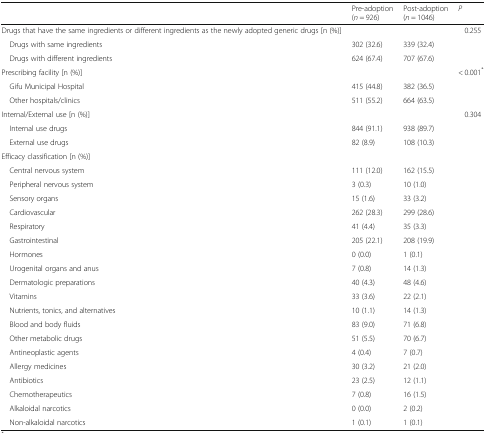
|  | Pre-adoption(n = 926) | Post-adoption(n = 1046) | P |
 | --- | --- | --- | --- |
 | Drugs that have the same ingredients or different ingredients as the newly adopted generic drugs [n (%)] |  |  | 0.255 |
 | Drugs with same ingredients | 302 (32.6) | 339 (32.4) |  |
 | Drugs with different ingredients | 624 (67.4) | 707 (67.6) |  |
 | Prescribing facility [n (%)] |  |  | < 0.001* |
 | Gifu Municipal Hospital | 415 (44.8) | 382 (36.5) |  |
 | Other hospitals/clinics | 511 (55.2) | 664 (63.5) |  |
 | Internal/External use [n (%)] |  |  | 0.304 |
 | Internal use drugs | 844 (91.1) | 938 (89.7) |  |
 | External use drugs | 82 (8.9) | 108 (10.3) |  |
 | <COLSPAN=4> Efficacy classification [n (%)] |
 | Central nervous system | 111 (12.0) | 162 (15.5) |  |
 | Peripheral nervous system | 3 (0.3) | 10 (1.0) |  |
 | Sensory organs | 15 (1.6) | 33 (3.2) |  |
 | Cardiovascular | 262 (28.3) | 299 (28.6) |  |
 | Respiratory | 41 (4.4) | 35 (3.3) |  |
 | Gastrointestinal | 205 (22.1) | 208 (19.9) |  |
 | Hormones | 0 (0.0) | 1 (0.1) |  |
 | Urogenital organs and anus | 7 (0.8) | 14 (1.3) |  |
 | Dermatologic preparations | 40 (4.3) | 48 (4.6) |  |
 | Vitamins | 33 (3.6) | 22 (2.1) |  |
 | Nutrients, tonics, and alternatives | 10 (1.1) | 14 (1.3) |  |
 | Blood and body fluids | 83 (9.0) | 71 (6.8) |  |
 | Other metabolic drugs | 51 (5.5) | 70 (6.7) |  |
 | Antineoplastic agents | 4 (0.4) | 7 (0.7) |  |
 | Allergy medicines | 30 (3.2) | 21 (2.0) |  |
 | Antibiotics | 23 (2.5) | 12 (1.1) |  |
 | Chemotherapeutics | 7 (0.8) | 16 (1.5) |  |
 | Alkaloidal narcotics | 0 (0.0) | 2 (0.2) |  |
 | Non-alkaloidal narcotics | 1 (0.1) | 1 (0.1) |  |